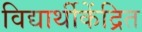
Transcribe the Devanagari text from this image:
विद्यार्थीकेंद्रित